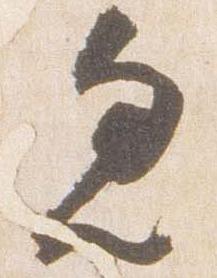
忽